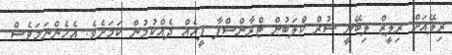
ރިލޭއަށް ރިލީޒް ލިބޭނީ ސުރް ކްލަބުން ޓްރާންސްފާ ފީއެއް ދެއްކުމުން ކަމަށެވެ. އެހެންނަމަވެސް